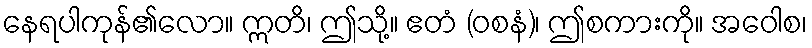
နေရပါကုန်၏လော။ ဣတိ၊ ဤသို့။ ဧတံ (ဝစနံ)၊ ဤစကားကို။ အဝေါစ၊